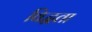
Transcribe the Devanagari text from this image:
विद्धता